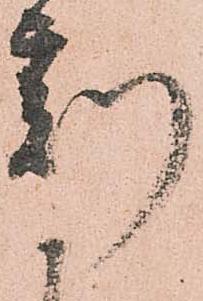
刻